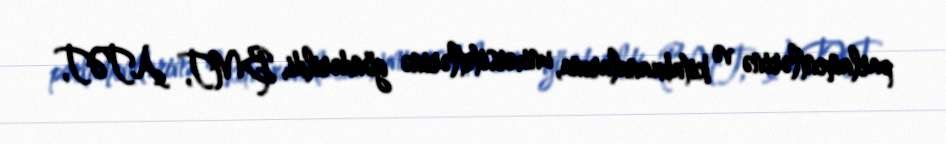
parlamentlərinə və kitabxanalarına, universitetlərinə göndərildi, BMT, ATƏT,